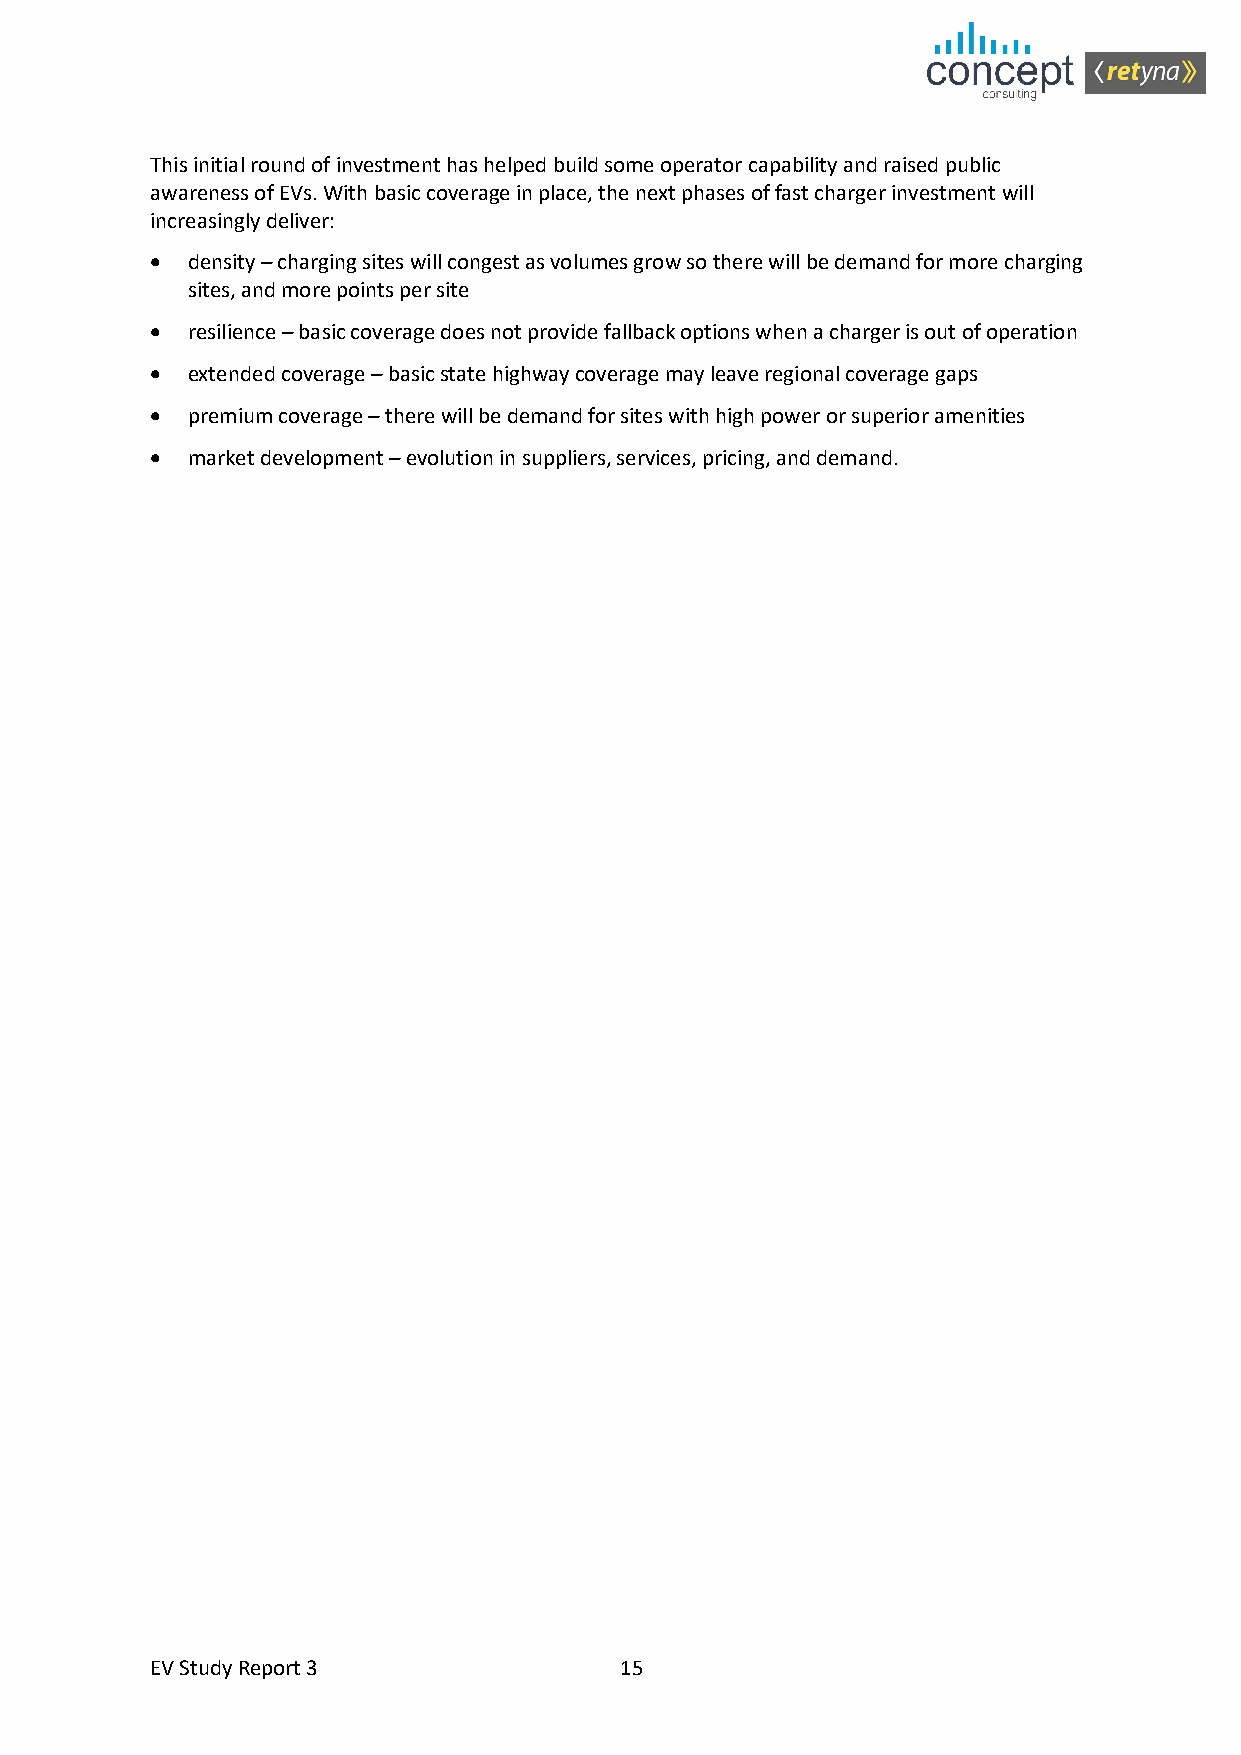
This initial round of investment has helped build some operator capability and raised public
 awareness of EVs. With basic coverage in place, the next phases of fast charger investment will
 increasingly deliver:
 • density – charging sites will congest as volumes grow so there will be demand for more charging
 sites, and more points per site
 • resilience – basic coverage does not provide fallback options when a charger is out of operation
 • extended coverage – basic state highway coverage may leave regional coverage gaps
 • premium coverage – there will be demand for sites with high power or superior amenities
 • market development – evolution in suppliers, services, pricing, and demand.
 EV Study Report 3              15